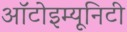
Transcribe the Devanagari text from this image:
ऑटोइम्यूनिटी